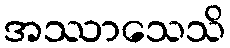
အဿာသေသိ